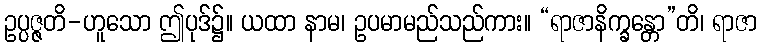
ဥပ္ပဇ္ဇတိ-ဟူသော ဤပုဒ်၌။ ယထာ နာမ၊ ဥပမာမည်သည်ကား။ “ရာဇာနိက္ခန္တော”တိ၊ ရာဇာ